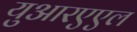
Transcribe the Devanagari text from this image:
युआरएएल